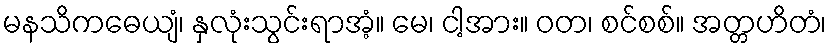
မနသိကဓေယျံ၊ နှလုံးသွင်းရာအံ့။ မေ၊ ငါ့အား။ ဝတ၊ စင်စစ်။ အတ္တဟိတံ၊